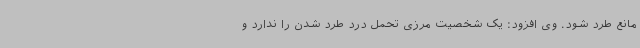
مانع طرد شود. وی افزود: یک شخصیت مرزی تحمل درد طرد شدن را ندارد و